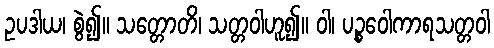
ဥပဒါယ၊ စွဲ၍။ သတ္တောတိ၊ သတ္တဝါဟူ၍။ ဝါ၊ ပဉ္စဝေါကာရသတ္တဝါ